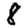
Digit: 8